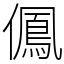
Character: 𠏵